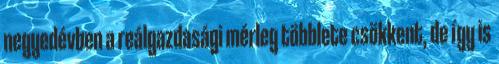
negyedévben a reálgazdasági mérleg többlete csökkent, de így is